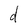
Character: d